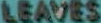
LEAVES